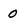
Character: 0